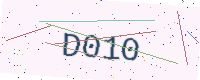
Text: D010